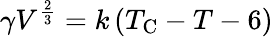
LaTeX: \gamma V^{\frac{2}{3}}=k\left(T_{\mathrm{C}}-T-6\right)